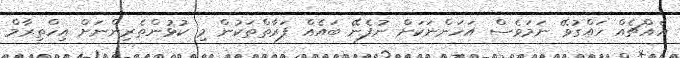
އެއްޗެއް ހައްގުވޭ ނަމަވެސް އަހަންނަކަށް ނުފެނޭ ބައެއް ފަރާތްތަކުން މި ކުޅުންތެރިންނަށް އިހްތިރާމް